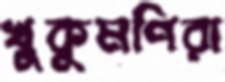
খুকুমণিরা